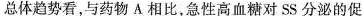
总体趋势看，与药物A相比，急性高血糖对SS分泌的促